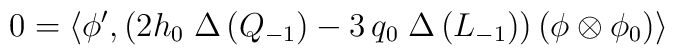
0=\left\langle \phi',\left( 2 h_{0}\; \Delta\,(Q_{-1})- 3\,q_{0}\;\Delta\,(L_{-1}) \right)\left(\phi\otimes \phi_{0}\right) \right\rangle